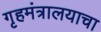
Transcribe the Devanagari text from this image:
गृहमंत्रालयाचा